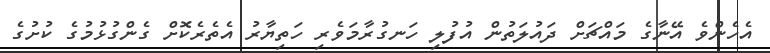
އެހެންވެ އޭނާގެ މައްޗަށް ދައުލަތުން އުފުލި ހަނގުރާމަވެރި ހަތިޔާރު އެތެރެކޮށް ގެންގުޅުމުގެ ކުށުގެ